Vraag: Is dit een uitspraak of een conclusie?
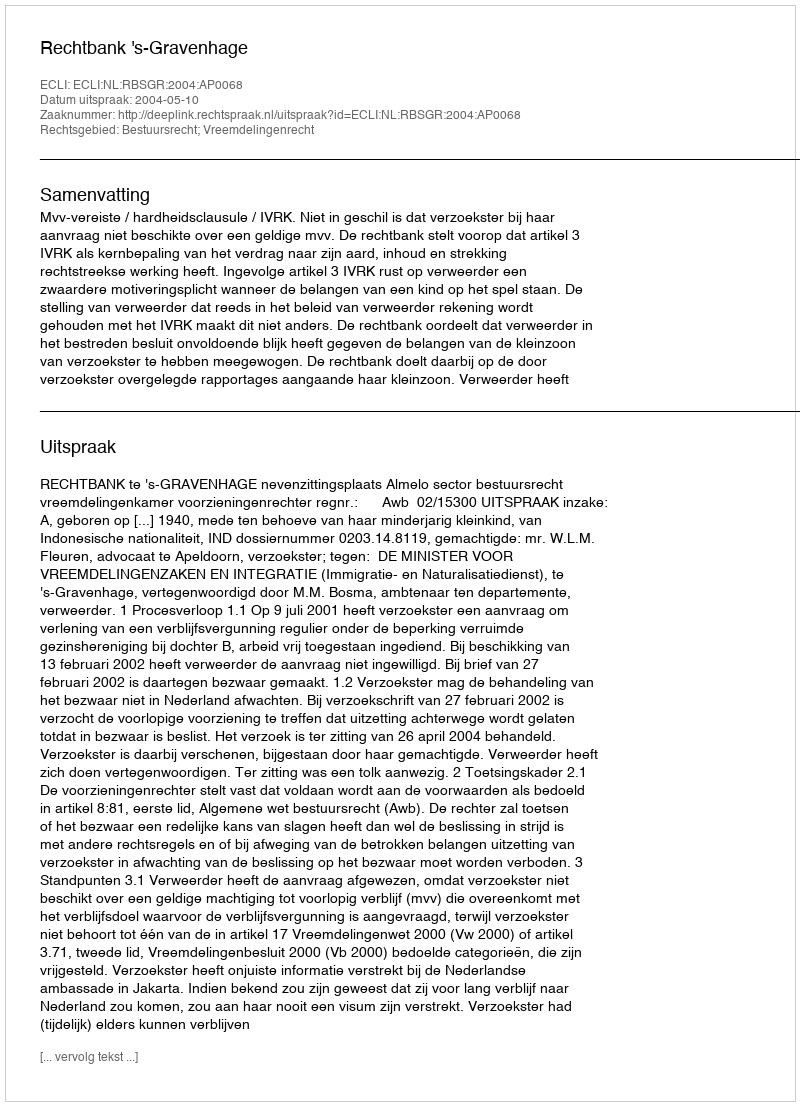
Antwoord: Uitspraak